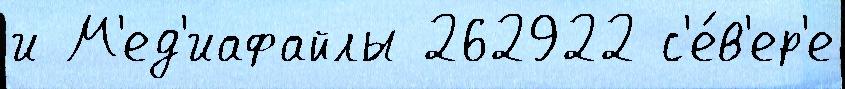
и М'ед'иафайлы 262922 с'е́в'ер'е